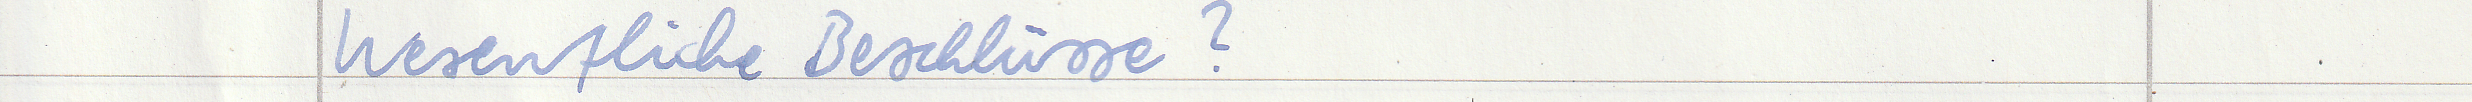
Wesentliche Beschlüsse?